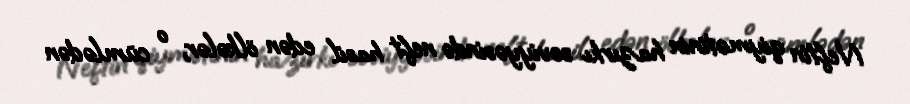
Neftin qiymətinin hazırkı səviyyəsində neft hasil edən ölkələr, o cümlədən